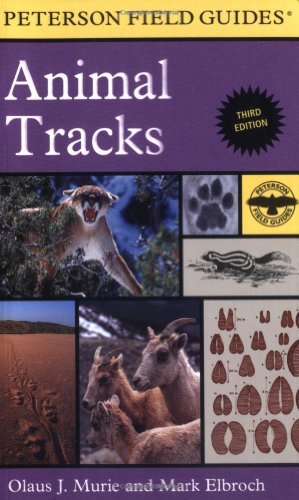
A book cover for Peterson Field Guide to Animal Tracks: Third Edition (Peterson Field Guides); Olaus J. Murie; Science & Math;